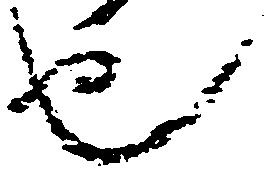
也